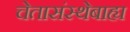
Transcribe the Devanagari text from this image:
चेतासंस्थेबाह्य